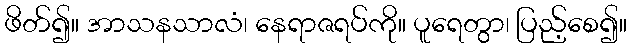
ဖိတ်၍။ အာသနသာလံ၊ နေရာဇရပ်ကို။ ပူရေတွာ၊ ပြည့်စေ၍။